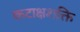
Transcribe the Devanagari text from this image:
कटाक्षशक्ति